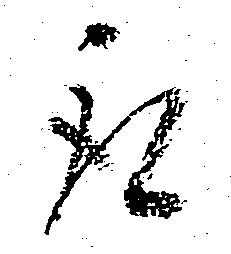
取